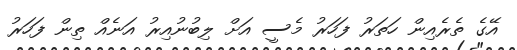
އޭގެ ތެރެއިން ހަތަރު ފަހަރު މެސީ އަށް ލިބުނުއިރު އަނެއް ތިން ފަހަރު